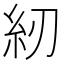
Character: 紉